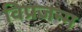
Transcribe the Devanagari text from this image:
विप्रजन्म